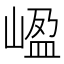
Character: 𡺡